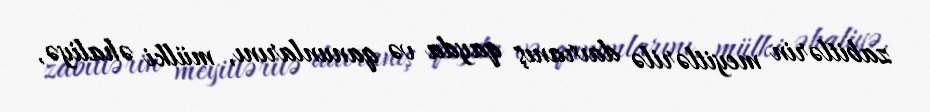
zabitlərin meyitlərilə davranış qayda və qanunlarını, mülki əhaliyə,